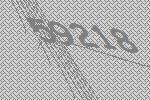
59218